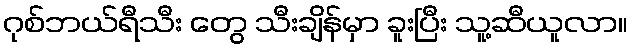
ဂုစ်ဘယ်ရီသီး တွေ သီးချိန်မှာ ခူးပြီး သူ့ဆီယူလာ။